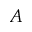
A